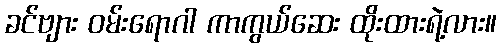
ခင်ဗျား ဝမ်းရောဂါ ကာကွယ်ဆေး ထိုးထားရဲ့လား။